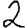
Digit: 2